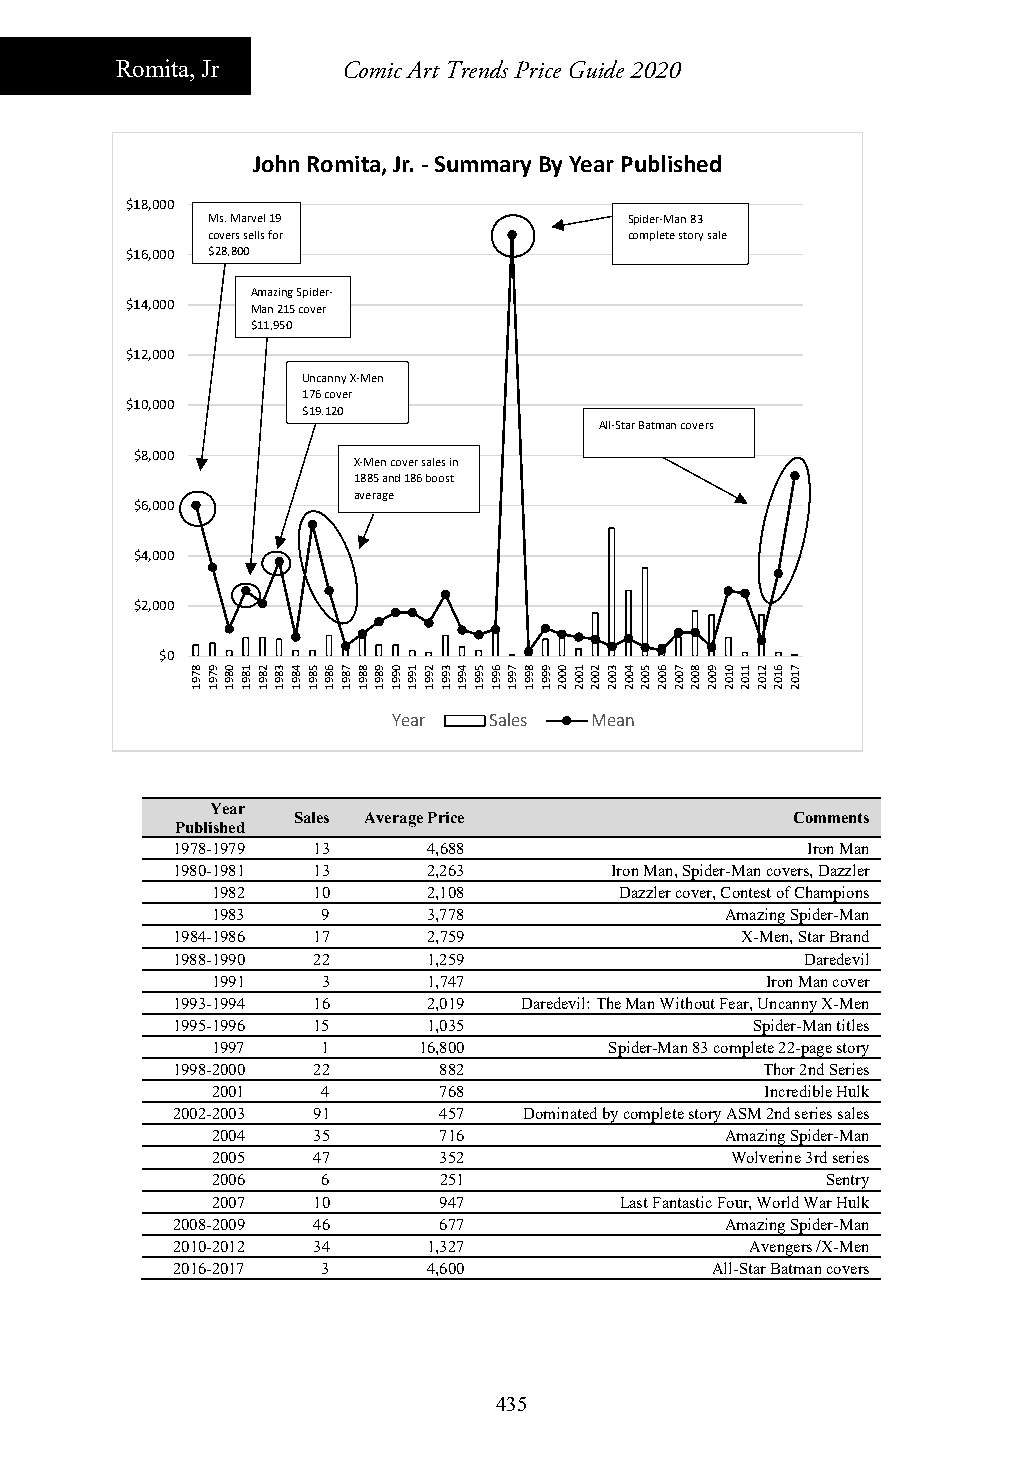
Romita, Jr     Comic Art Trends Price Guide 2020
 John Romita, Jr. ‐Summary By Year Published
 $18,000
 Ms. Marvel 19               Spider‐Man 83
 covers se lls for           complete story sale
 $16,000 $28,800
 Amazing Spider‐
 $14,000  Man 215 cover
 $11,950
 $12,000
 Uncanny X‐Men
 176 cover
 $10,000
 $19,120
 All‐Star Batman covers
 $8,000
 X‐Men cover sales in
 1885 and 186 boost
 average
 $6,000
 $4,000
 $2,000
 $0
 Year  Sales  Mean
 Year
 Sales Average Price              Comments
 Published
 1978-1979 13     4,688                    Iron Man
 1980-1981 13     2,263       Iron Man, Spider-Man covers, Dazzler
 1982   10     2,108        Dazzler cover, Contest of Champions
 1983   9      3,778               Amazing Spider-Man
 1984-1986 17     2,759                X-Men, Star Brand
 1988-1990 22     1,259                    Daredevil
 1991   3      1,747                  Iron Man cover
 1993-1994 16     2,019 Daredevil: The Man Without Fear, Uncanny X-Men
 1995-1996 15     1,035                 Spider-Man titles
 1997   1      16,800      Spider-Man 83 complete 22-page story
 1998-2000 22      882                   Thor 2nd Series
 2001   4       768                   Incredible Hulk
 2002-2003 91      457   Dominated by complete story ASM 2nd series sales
 2004   35      716                Amazing Spider-Man
 2005   47      352                Wolverine 3rd series
 2006   6       251                       Sentry
 2007   10      947         Last Fantastic Four, World War Hulk
 2008-2009 46      677                Amazing Spider-Man
 2010-2012 34     1,327                 Avengers /X-Men
 2016-2017 3      4,600              All-Star Batman covers
 435
 8791 9791 0891 1891 2891 3891 4891 5891 6891 7891 8891 9891 0991 1991 2991 3991 4991 5991 6991 7991 8991 9991 0002 1002 2002 3002 4002 5002 6002 7002 8002 9002 0102 1102 2102 6102 7102